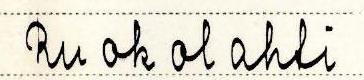
Ruokolahti